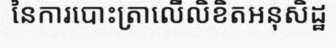
នៃការបោះត្រាលើលិខិតអនុសិដ្ឋ